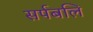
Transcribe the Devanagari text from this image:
सर्पबलि